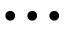
\bullet \, \bullet \, \bullet